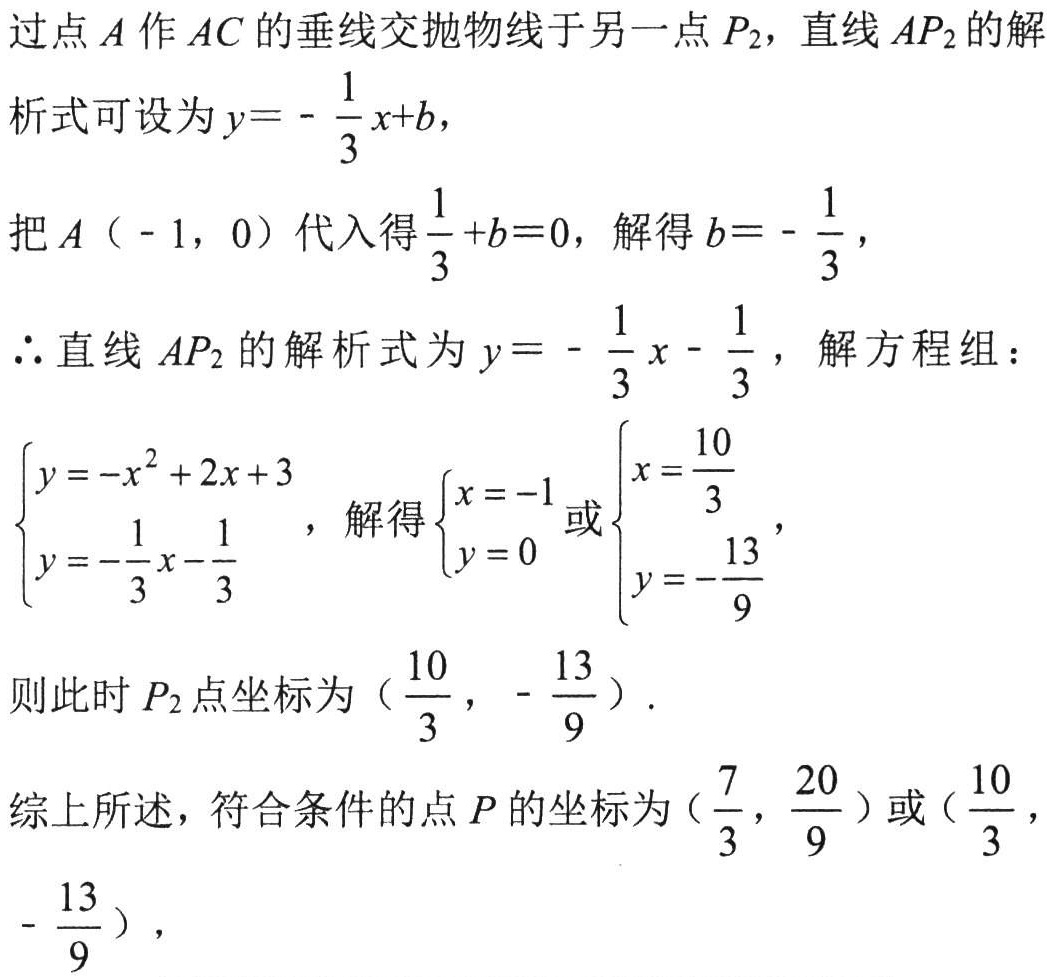
过点 \(A\) 作 \(AC\) 的垂线交抛物线于另一点 \(P_2\)，直线 \(AP_2\) 的解析式可设为 \(y = -\dfrac{1}{3}x + b\)，
把 \(A(-1,0)\) 代入得 \(\dfrac{1}{3}+b = 0\)，解得 \(b=-\dfrac{1}{3}\)，
\(\therefore\)直线 \(AP_2\) 的解析式为 \(y = -\dfrac{1}{3}x-\dfrac{1}{3}\)，解方程组：
\(\begin{cases}y=-x^{2}+2x + 3\\y=-\dfrac{1}{3}x-\dfrac{1}{3}\end{cases}\)，解得\(\begin{cases}x = - 1\\y = 0\end{cases}\)或\(\begin{cases}x=\dfrac{10}{3}\\y=-\dfrac{13}{9}\end{cases}\)，
则此时 \(P_2\) 点坐标为 \((\dfrac{10}{3},-\dfrac{13}{9})\).
综上所述，符合条件的点 \(P\) 的坐标为 \((\dfrac{7}{3},\dfrac{20}{9})\) 或 \((\dfrac{10}{3},-\dfrac{13}{9})\)，